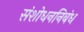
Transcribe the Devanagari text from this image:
संशोधननिबंध